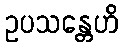
ဥပသန္တေဟိ